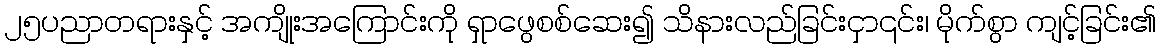
၂၅ပညာတရားနှင့် အကျိုးအကြောင်းကို ရှာဖွေစစ်ဆေး၍ သိနားလည်ခြင်းငှာ၎င်း၊ မိုက်စွာ ကျင့်ခြင်း၏